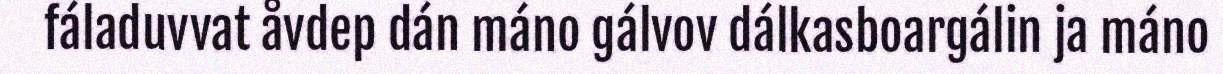
fáladuvvat åvdep dán máno gálvov dálkasboargálin ja máno